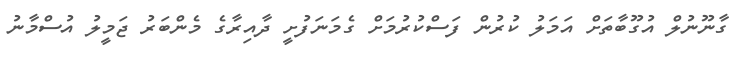
ގާނޫނުލް އުގޫބާތަށް އަމަލު ކުރުން ފަސްކުރުމަށް ގެމަނަފުށީ ދާއިރާގެ މެންބަރު ޖަމީލު އުސްމާނު